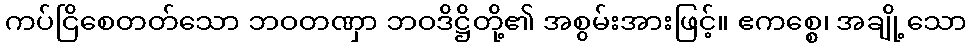
ကပ်ငြိစေတတ်သော ဘဝတဏှာ ဘဝဒိဋ္ဌိတို့၏ အစွမ်းအားဖြင့်။ ဧကစ္စေ၊ အချို့သော